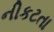
નીકટતા